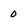
Character: 0